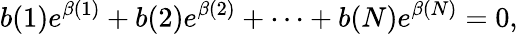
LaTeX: b(1)e^{\beta(1)}+b(2)e^{\beta(2)}+\cdots+b(N)e^{\beta(N)}=0,